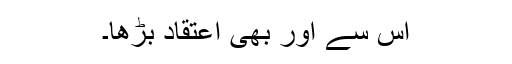
اس سے اور بھی اعتقاد بڑھا۔